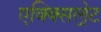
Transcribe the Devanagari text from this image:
एक्क्सिल्रेट